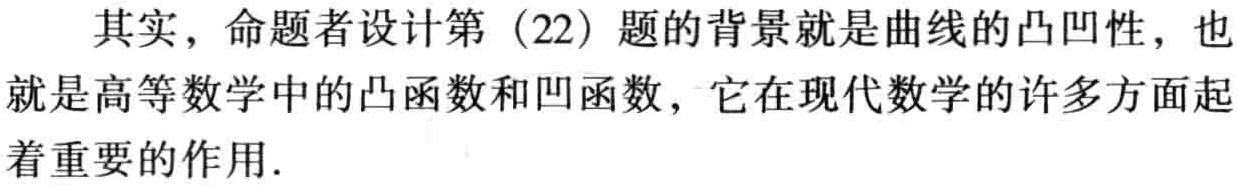
其实，命题者设计第（22）题的背景就是曲线的凸凹性，也就是高等数学中的凸函数和凹函数，它在现代数学的许多方面起着重要的作用.